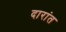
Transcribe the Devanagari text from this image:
दारांत